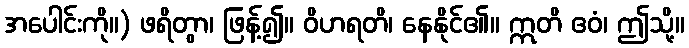
အပေါင်းကို။) ဖရိတွာ၊ ဖြန့်၍။ ဝိဟရတိ၊ နေနိုင်၏။ ဣတိ ဧဝံ၊ ဤသို့။